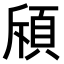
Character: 𫖞